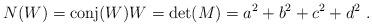
LaTeX: \begin{align*}N(W)=\mathrm{conj}(W)W=\mathrm{ det}(M)=a^2+b^2+c^2+d^2~.\end{align*}